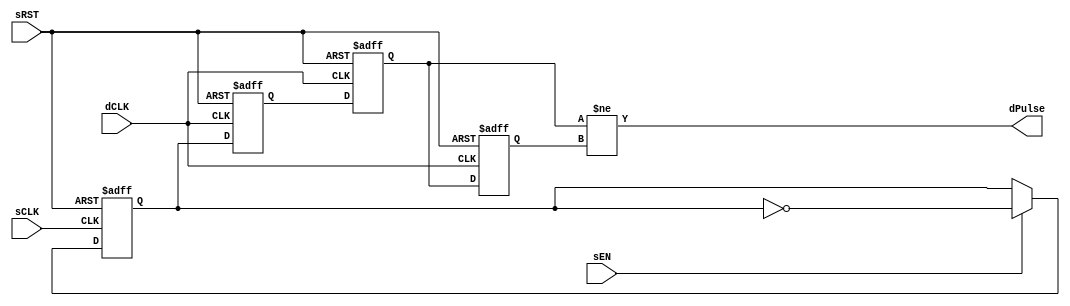
// This program was cloned from: https://github.com/esa-tu-darmstadt/tapasco
// License: GNU Lesser General Public License v3.0


// Copyright (c) 2000-2012 Bluespec, Inc.

// Permission is hereby granted, free of charge, to any person obtaining a copy
// of this software and associated documentation files (the "Software"), to deal
// in the Software without restriction, including without limitation the rights
// to use, copy, modify, merge, publish, distribute, sublicense, and/or sell
// copies of the Software, and to permit persons to whom the Software is
// furnished to do so, subject to the following conditions:

// The above copyright notice and this permission notice shall be included in
// all copies or substantial portions of the Software.

// THE SOFTWARE IS PROVIDED "AS IS", WITHOUT WARRANTY OF ANY KIND, EXPRESS OR
// IMPLIED, INCLUDING BUT NOT LIMITED TO THE WARRANTIES OF MERCHANTABILITY,
// FITNESS FOR A PARTICULAR PURPOSE AND NONINFRINGEMENT. IN NO EVENT SHALL THE
// AUTHORS OR COPYRIGHT HOLDERS BE LIABLE FOR ANY CLAIM, DAMAGES OR OTHER
// LIABILITY, WHETHER IN AN ACTION OF CONTRACT, TORT OR OTHERWISE, ARISING FROM,
// OUT OF OR IN CONNECTION WITH THE SOFTWARE OR THE USE OR OTHER DEALINGS IN
// THE SOFTWARE.
//
// $Revision$
// $Date$

`ifdef BSV_ASSIGNMENT_DELAY
`else
  `define BSV_ASSIGNMENT_DELAY
`endif

`ifdef BSV_POSITIVE_RESET
  `define BSV_RESET_VALUE 1'b1
  `define BSV_RESET_EDGE posedge
`else
  `define BSV_RESET_VALUE 1'b0
  `define BSV_RESET_EDGE negedge
`endif


// A pulse based clock domain synchronization scheme.
// When a sEN is asserted, a pulse is eventually sent to dPulse in the
// destination clock domain.
// Close and Multiple asserts of sEN may not be seen at the destination side.
// Reset signal is not needed since it a pulse-based, rather than
// level-based protocol
// Delay is 2 dCLK cycle.
// dPulse is not registered.
module SyncPulse(
                  sCLK,
                  sRST,
                  dCLK,
                  sEN,
                  dPulse
                  );

   // source clock ports
   input     sCLK ;
   input     sRST ;
   input     sEN ;

   // destination clock ports
   input     dCLK ;
   output    dPulse ;

   // Flops to hold data
   reg       sSyncReg;
   reg       dSyncReg1, dSyncReg2;
   reg       dSyncPulse;

   assign    dPulse = dSyncReg2 != dSyncPulse ;

   always @(posedge sCLK or `BSV_RESET_EDGE sRST)
     begin
        if (sRST == `BSV_RESET_VALUE)
          sSyncReg <= `BSV_ASSIGNMENT_DELAY 1'b0 ;
        else
          begin
             if ( sEN )
               begin
                  sSyncReg <= `BSV_ASSIGNMENT_DELAY ! sSyncReg ;
               end
          end // else: !if(sRST == `BSV_RESET_VALUE)
     end // always @ (posedge sCLK or `BSV_RESET_EDGE sRST)


   always @(posedge dCLK or `BSV_RESET_EDGE sRST )
      begin
         if (sRST == `BSV_RESET_VALUE)
            begin
               dSyncReg1 <= `BSV_ASSIGNMENT_DELAY 1'b0 ;
               dSyncReg2 <= `BSV_ASSIGNMENT_DELAY 1'b0 ;
               dSyncPulse <= `BSV_ASSIGNMENT_DELAY 1'b0 ;
            end // if (sRST == `BSV_RESET_VALUE)
         else
           begin
              dSyncReg1 <= `BSV_ASSIGNMENT_DELAY sSyncReg ;// domain crossing
              dSyncReg2 <= `BSV_ASSIGNMENT_DELAY dSyncReg1 ;
              dSyncPulse <= `BSV_ASSIGNMENT_DELAY dSyncReg2 ;
           end // else: !if(sRST == `BSV_RESET_VALUE)
      end // always @ (posedge dCLK or `BSV_RESET_EDGE sRST )

`ifdef BSV_NO_INITIAL_BLOCKS
`else // not BSV_NO_INITIAL_BLOCKS
   // synopsys translate_off
   initial
      begin
         sSyncReg   = 1'b0 ;
         dSyncReg1  = 1'b0 ;
         dSyncReg2  = 1'b0 ;
         dSyncPulse = 1'b0 ;
      end // initial begin
   // synopsys translate_on
`endif // BSV_NO_INITIAL_BLOCKS

endmodule // PulseSync